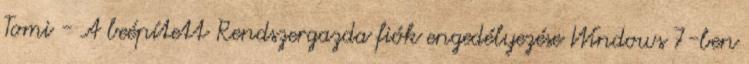
Tomi - A beépített Rendszergazda fiók engedélyezése Windows 7-ben